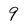
Character: 9